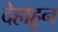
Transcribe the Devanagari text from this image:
देहाहून